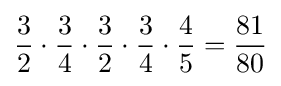
{3 \over 2}\cdot {3 \over 4}\cdot {3 \over 2}\cdot {3 \over 4}\cdot {4 \over 5}={81 \over 80}